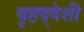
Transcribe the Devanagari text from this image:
बृहद्‌देशी